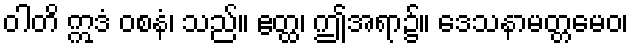
ဝါတိ ဣဒံ ဝစနံ၊ သည်။ ဧတ္ထ၊ ဤအရာ၌။ ဒေသနာမတ္တမေဝ၊